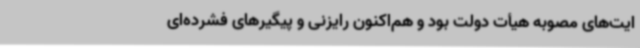
ایت‌های مصوبه هیأت دولت بود و هم‌اکنون رایزنی و پیگیرهای فشرده‌ای